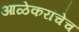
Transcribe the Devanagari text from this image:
आळेकरांचेच